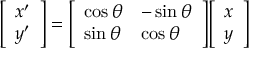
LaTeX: { \left[ \begin{array} { l } { x ^ { \prime } } \\ { y ^ { \prime } } \end{array} \right] } = { \left[ \begin{array} { l l } { \cos \theta } & { - \sin \theta } \\ { \sin \theta } & { \cos \theta } \end{array} \right] } { \left[ \begin{array} { l } { x } \\ { y } \end{array} \right] }